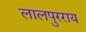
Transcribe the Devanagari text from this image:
लालपुरराय